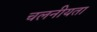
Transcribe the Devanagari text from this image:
चलनीयता